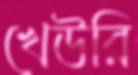
খেউরি